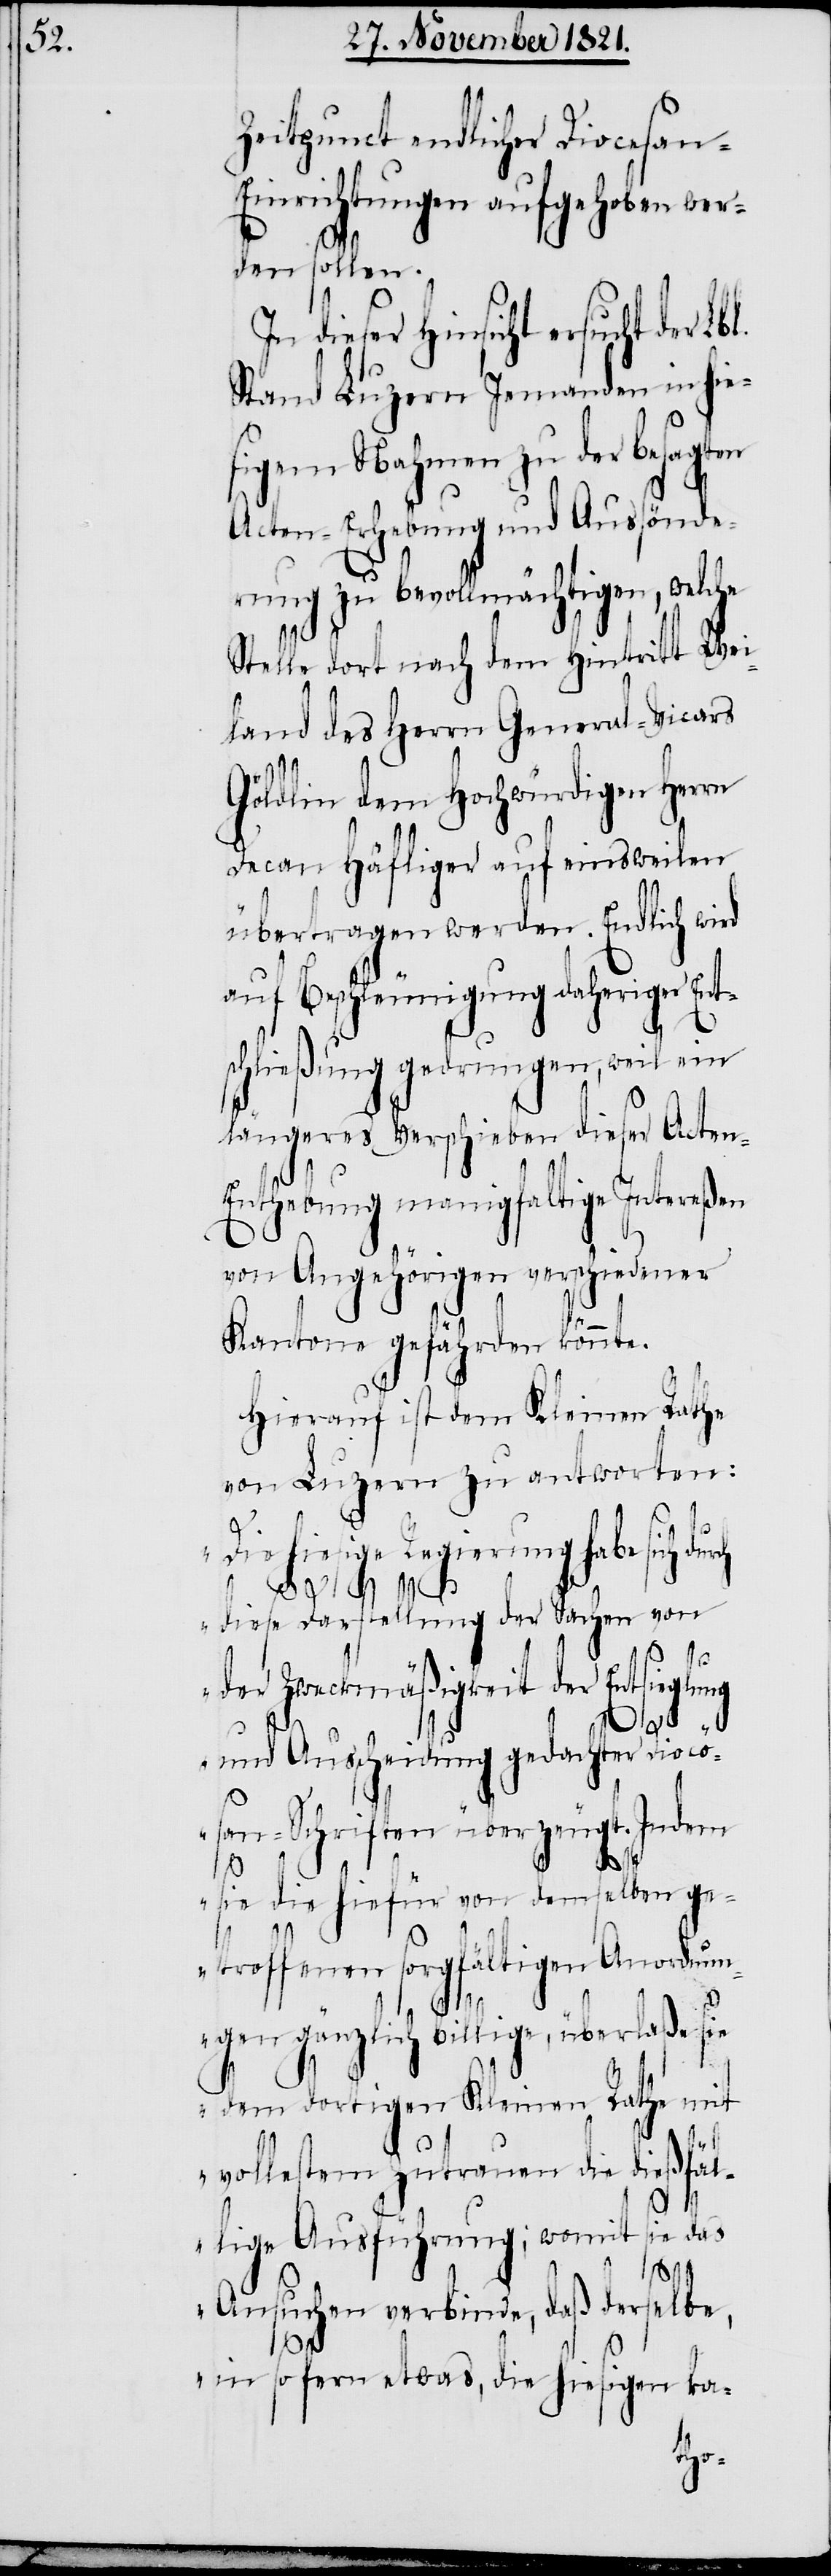
Zeitpunct endlicher Diocesan-E¬
inrichtungen aufgehoben wer¬
den sollen.
dieser Hinsicht ersucht der Lb¬
Stand Luzern Jemanden in hie¬
sigem Nahmen zu der besagten
Acten-Erhebung und Aussönde¬
rung zu bevollmächtigen, welche
Stelle dort nach dem Hintritt Wei¬
land des Herrn General-Vicars
Göldlin dem Hochwürdigen Herrn
Decan Häfliger auf einsweilen
übertragen werden. Endlich wird
auf Beschleunigung daheriger En¬
schließung gedrungen, weil ein
längeres Verschieben dieser Acte¬
n-Enthebung manigfaltige Intereßen
von Angehörigen verschiedener
Kantone gefährden könnte.
Hierauf ist dem Kleinen Rathe
von Luzern zu antworten:
„Die hiesige Regierung habe sich dur¬
diese Darstellung der Sachen von
der Zweckmäßigkeit der Entsieglung
l.
und Ausscheidung gedachter Diocö¬
san-Schriften überzeugt. Indem
sie die hiefür von demselben ge¬
troffenen sorgfältigen Anordnun¬
gen gänzlich billige, überlaße
dem dortigen Kleinen Rathe mit
vollestem Zutrauen die dießfäl¬
lige Ausführung; womit sie das
Ansuchen verbinde, daß derselbe,
in so fern etwas, die hiesigen ka-
ch